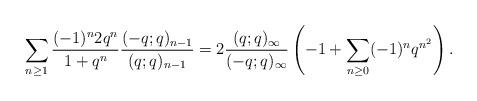
LaTeX: \begin{align*}\sum_{n\geq 1} \frac{(-1)^n 2 q^n}{1+q^n}\frac{(-q;q)_{n-1}}{(q;q)_{n-1}} = 2\frac{(q;q)_\infty}{(-q;q)_\infty} \left(-1 + \sum_{n\geq 0} (-1)^nq^{n^2} \right).\end{align*}